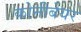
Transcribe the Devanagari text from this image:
कोनीबेयर